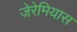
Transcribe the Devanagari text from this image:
जेरेमियास